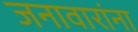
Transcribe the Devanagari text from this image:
जनावारांना